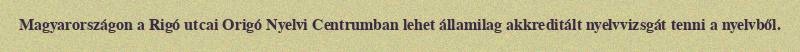
Magyarországon a Rigó utcai Origó Nyelvi Centrumban lehet államilag akkreditált nyelvvizsgát tenni a nyelvből.